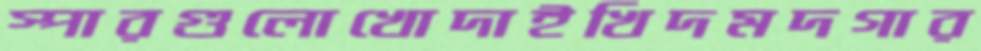
স্পারগুলোখোদাইখিদমদগার